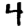
Digit: 4